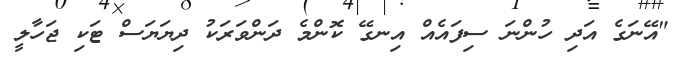
"އޭނަގެ އަދި ހުންނަ ސިފައެއް އިނގޭ ކޮންމެ ދަންވަރަކު ދިޔަޔަސް ޓަކި ޖަހާލީ